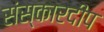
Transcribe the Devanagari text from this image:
संस्कारदीप